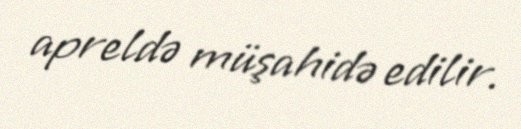
apreldə müşahidə edilir.